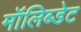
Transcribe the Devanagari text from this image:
मॉलिब्डेट